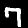
Label: 7